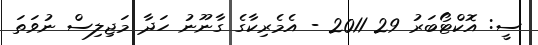
ސީ: އޮކްޓޯބަރު 29 2011 - އެމެރިކާގެ ގާނޫނު ހަދާ މަޖިލިސް ނުވަތަ